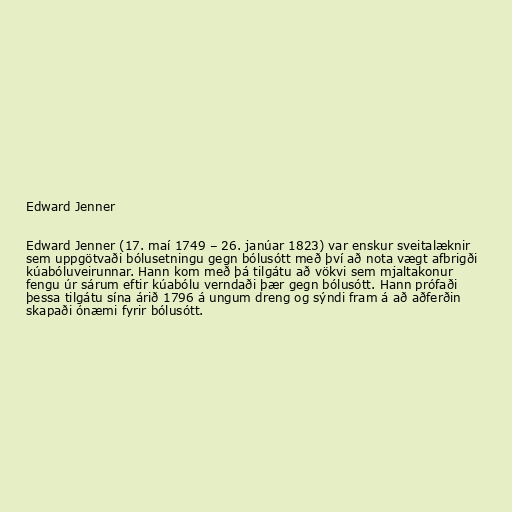
Edward Jenner

Edward Jenner (17. maí 1749 – 26. janúar 1823) var enskur sveitalæknir
sem uppgötvaði bólusetningu gegn bólusótt með því að nota vægt afbrigði
kúabóluveirunnar. Hann kom með þá tilgátu að vökvi sem mjaltakonur
fengu úr sárum eftir kúabólu verndaði þær gegn bólusótt. Hann prófaði
þessa tilgátu sína árið 1796 á ungum dreng og sýndi fram á að aðferðin
skapaði ónæmi fyrir bólusótt.